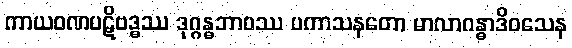
ကာယဝဏပဋိဗဒ္ဓဿ ဒုဂ္ဂန္ဓဘာဝဿ ပကာသနတော မာလာဂန္ဓာဒိဝသေန